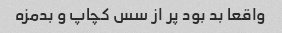
واقعا بد بود پر از سس کچاپ و بدمزه